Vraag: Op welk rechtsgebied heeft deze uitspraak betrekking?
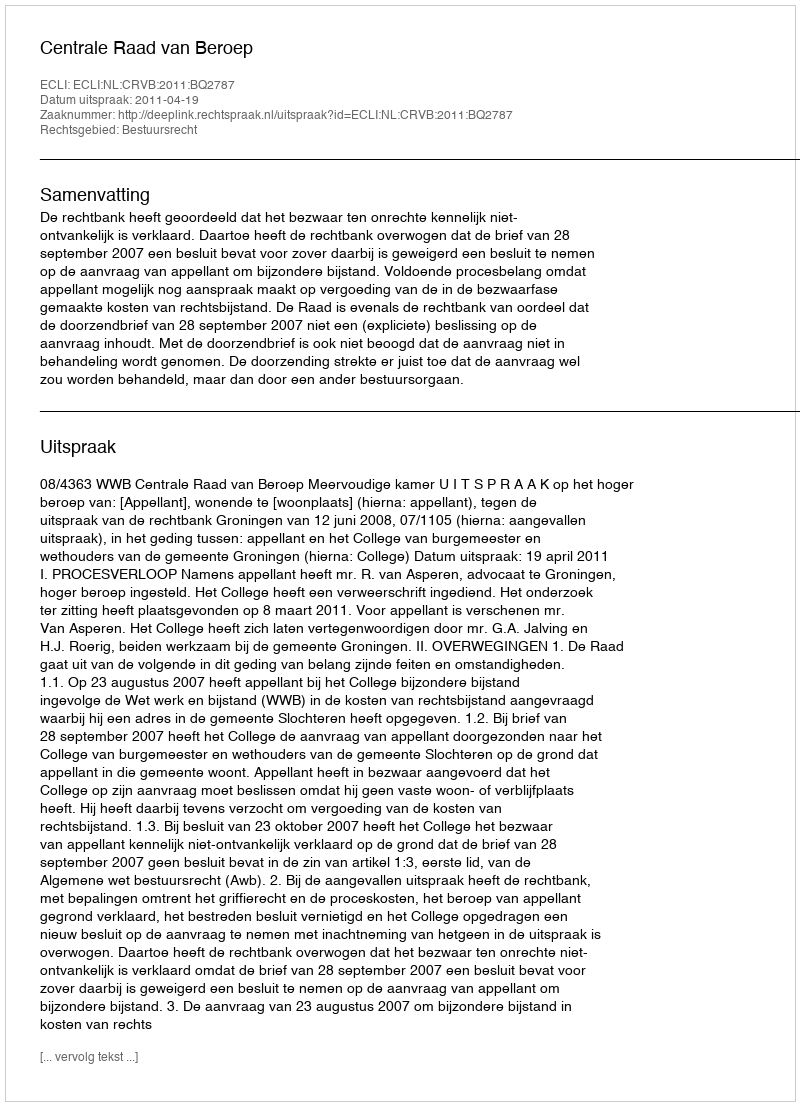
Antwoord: Bestuursrecht